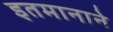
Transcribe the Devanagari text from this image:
इतमानाने